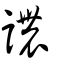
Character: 譨